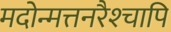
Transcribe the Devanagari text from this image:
मदोन्मत्तनरैश्‍चापि